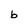
Character: b